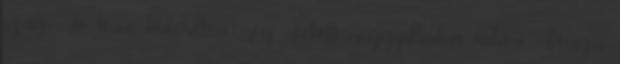
szag? Jó lenne kideríteni, még mielőtt meggyulladna valami. Vissza